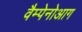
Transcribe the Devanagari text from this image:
वैम्पेनोआग